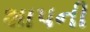
શાપની